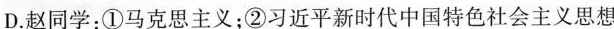
D.赵同学：①马克思主义；②习近平新时代中国特色社会主义思想